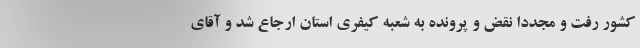
کشور رفت و مجدداً نقض و پرونده به شعبه کیفری استان ارجاع شد و آقای